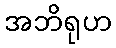
အဘိရုဟ